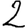
Digit: 2